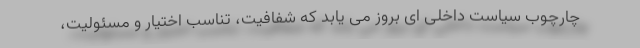
چارچوب سیاست داخلی ای بروز می یابد که شفافیت، تناسب اختیار و مسئولیت،